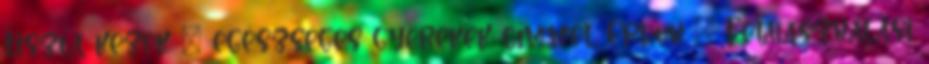
Tiszta kezek – egészséges gyerekek címmel Erdon – Felhasználási